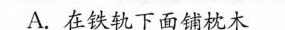
A.在铁轨下面铺枕木